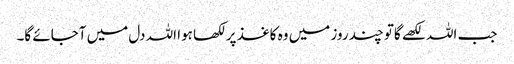
جب اللہ لکھے گاتو چند روز میں وہ کاغذ پر لکھا ہوا اللہ دل میں آجائے گا۔